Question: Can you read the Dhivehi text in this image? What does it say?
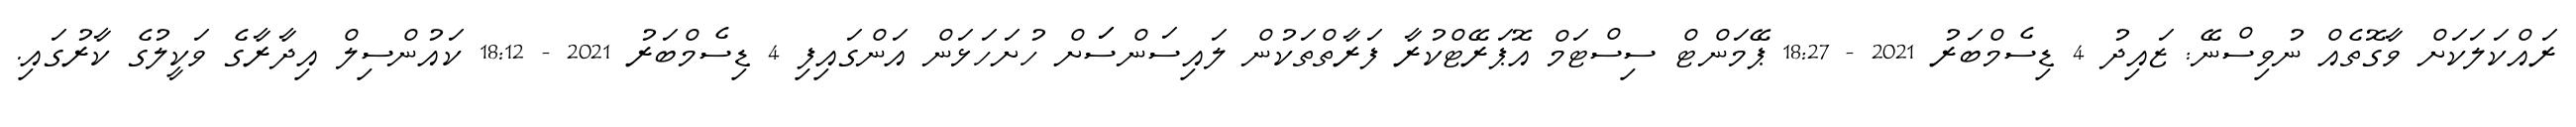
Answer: ރައްކަލަކަށް ވާގޮތެއް ނުވިސްނޭ: ޒައިދު 4 ޑިސެމްބަރު 2021 - 18:27 ޕޭމަންޓް ސިސްޓަމް އޮޕަރޭޓްކުރާ ފަރާތްތަކުން ލައިސަންސަަށް ހުށަހަޅަން އަންގައިފި 4 ޑިސެމްބަރު 2021 - 18:12 ކައުންސިލް އިދާރާގެ ވަކީލުގެ ކާރުގައި.